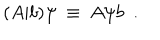
LaTeX: ( A \vert b ) \psi \: \equiv \: A \psi b \; \: .